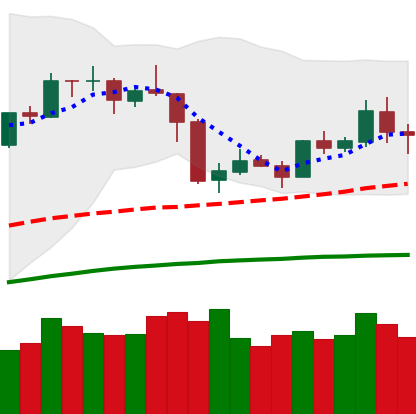
Ticker: ETH-USD
Chart end date: 2019-05-05
Forward return: 5.93%
Label: up_5_7